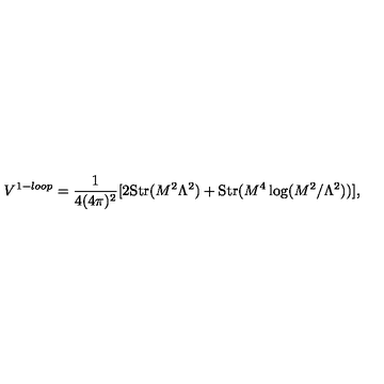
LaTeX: V ^ { 1 - l o o p } = \frac { 1 } { 4 ( 4 \pi ) ^ { 2 } } [ 2 \mathrm { S t r } ( M ^ { 2 } \Lambda ^ { 2 } ) + \mathrm { S t r } ( M ^ { 4 } \log ( M ^ { 2 } / \Lambda ^ { 2 } ) ) ] ,